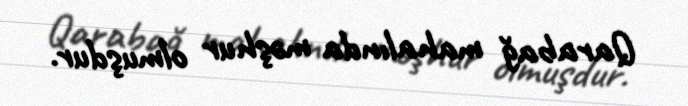
Qarabağ mahalında məşhur olmuşdur.